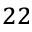
^ { 2 2 }